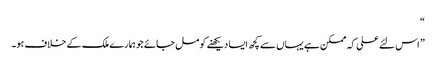
“
” اس لئے علی کہ ممکن ہے یہاں سے کچھ ایسا دیکھنے کو مل جائے جو ہمارے ملک کے خلاف ہو۔